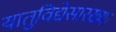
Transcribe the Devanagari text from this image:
यातुविद्येसारख्या